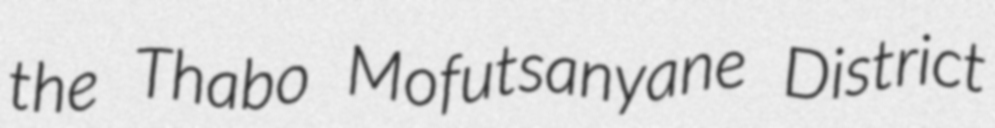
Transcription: the Thabo Mofutsanyane District